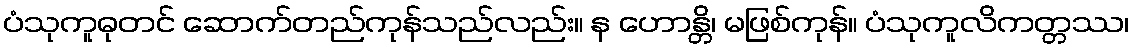
ပံသုကူဓုတင် ဆောက်တည်ကုန်သည်လည်း။ န ဟောန္တိ၊ မဖြစ်ကုန်။ ပံသုကူလိကတ္တဿ၊